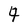
Character: 4